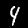
Label: 4